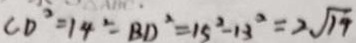
C D ^ { 2 } = 1 4 ^ { 2 } - B D ^ { 2 } = 1 5 ^ { 2 } - 1 3 ^ { 2 } = 2 \sqrt { 1 9 }